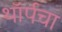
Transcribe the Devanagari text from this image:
थॉर्पचा